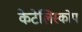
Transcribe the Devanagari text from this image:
केटेलिस्कोप